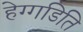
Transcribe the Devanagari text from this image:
हेग्गडिति